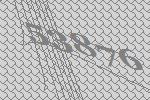
53876